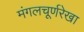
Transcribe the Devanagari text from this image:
मंगलचूर्णरेखा